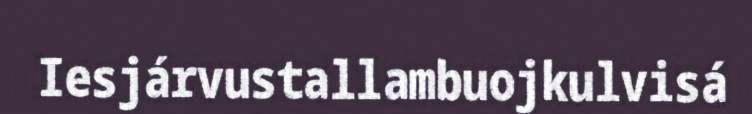
Iesjárvustallambuojkulvisá